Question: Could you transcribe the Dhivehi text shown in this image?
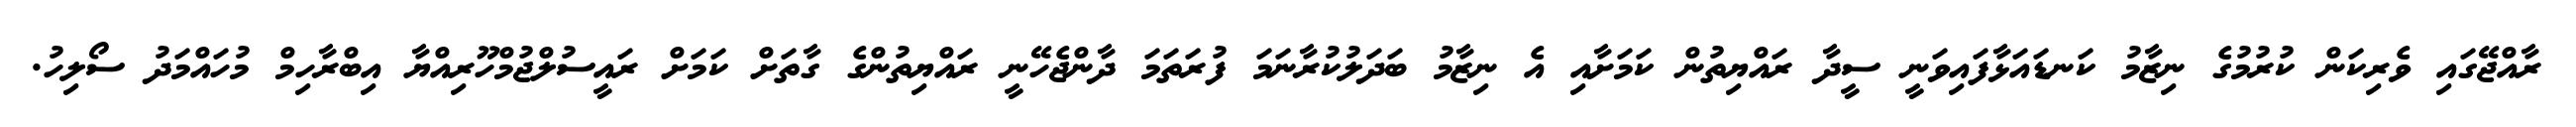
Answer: ރާއްޖޭގައި ވެރިކަން ކުރުމުގެ ނިޒާމު ކަނޑައަޅާފައިވަނީ ސީދާ ރައްޔިތުން ކަމަށާއި އެ ނިޒާމު ބަދަލުކުރާނަމަ ފުރަތަމަ ދާންޖެހޭނީ ރައްޔިތުންގެ ގާތަށް ކަމަށް ރައީސުލްޖުމްހޫރިއްޔާ އިބްރާހިމް މުހައްމަދު ސޯލިހު.